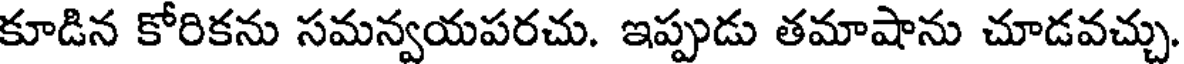
కూడిన కోరికను సమన్వయపరచు. ఇప్పుడు తమాషాను చూడవచ్చు